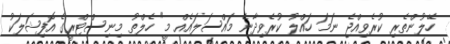
ހޭލުންތެރި ކުރެވިއްޖެ ނަމަ ހައްލު ކުރެވިދާނެ މައްސަލައެއް މީ" ހެލްތު މިނިސްޓްރީގެ އޮފިޝަލަކު